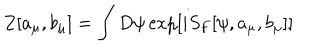
Z [ a _ { \mu } , b _ { \mu } ] = \int D \psi \exp [ i S _ { F } [ \psi , a _ { \mu } , b _ { \mu } ] ]